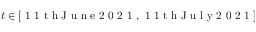
t \in [ \mathrm { ~ 1 ~ 1 ~ t ~ h ~ J ~ u ~ n ~ e ~ 2 ~ 0 ~ 2 ~ 1 ~ } , \mathrm { ~ 1 ~ 1 ~ t ~ h ~ J ~ u ~ l ~ y ~ 2 ~ 0 ~ 2 ~ 1 ~ } ]